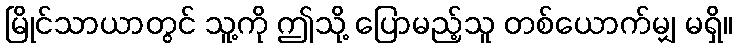
မြိုင်သာယာတွင် သူ့ကို ဤသို့ ပြောမည့်သူ တစ်ယောက်မျှ မရှိ။